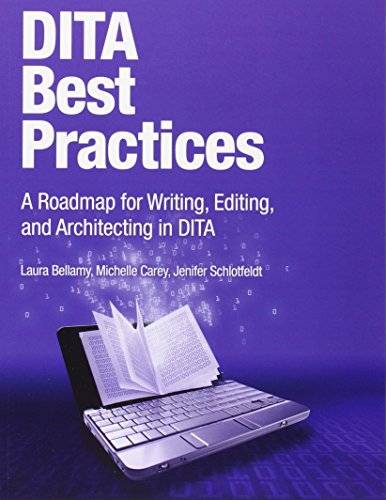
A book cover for DITA Best Practices: A Roadmap for Writing, Editing, and Architecting in DITA (IBM Press); Laura Bellamy; Computers & Technology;